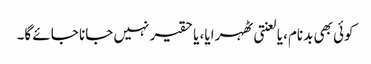
کوئی بھی بدنام، یا لعنتی ٹھہرایا، یا حقیر نہیں جانا جائے گا۔